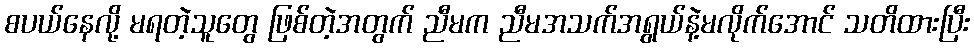
စပယ်နေလို့ မရတဲ့သူတွေ ဖြစ်တဲ့အတွက် ညီမက ညီမအသက်အရွယ်နဲ့မလိုက်အောင် သတိထားပြီး